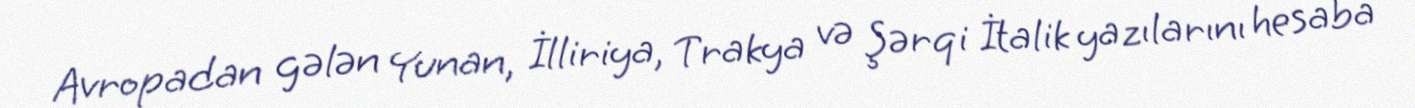
Avropadan gələn Yunan, İlliriya, Trakya və Şərqi İtalik yazılarını hesaba